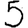
Digit: 5